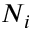
N _ { i }